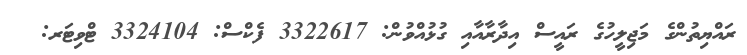
ރައްޔިތުންގެ މަޖިލީހުގެ ރައީސް އިދާރާއާއި ގުޅުއްވުން: 3322617 ފެކްސް: 3324104 ޓްވިޓަރ: @